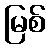
မြစ်